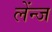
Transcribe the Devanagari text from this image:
लेंन्ज